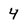
Character: 4